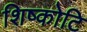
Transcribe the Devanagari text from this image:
शिष्कोटि